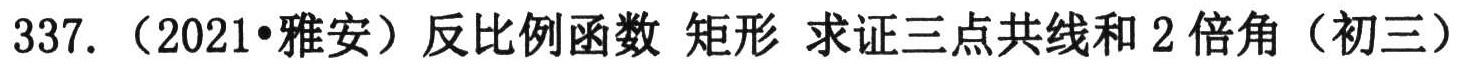
337.（2021•雅安）反比例函数 矩形 求证三点共线和 2 倍角（初三）